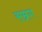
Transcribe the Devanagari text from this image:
सम्रग